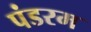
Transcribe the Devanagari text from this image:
पंडरम